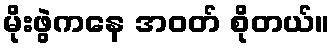
မိုးဖွဲကနေ အဝတ် စိုတယ်။